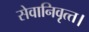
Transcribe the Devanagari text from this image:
सेवानिवृत्‍त।